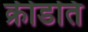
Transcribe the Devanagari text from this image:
क्रीडति